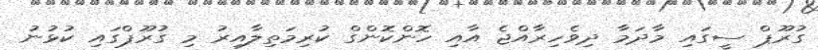
ގުރޫޕް ސީގައި މާދަމާ ދިވެހިރާއްޖެ އާއި ހޮންކޮންގް ކުރިމަތިލާއިރު މި ގުރޫޕްގައި ކުޅުނު